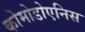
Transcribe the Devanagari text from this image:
कोमोडोएनिस